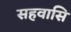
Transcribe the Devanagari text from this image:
सहवासि